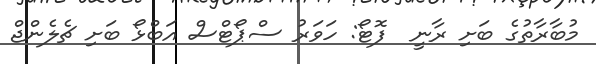
މުބާރާތުގެ ބަށި ރާނީ  ފޮޓޯ: ހަވަރު ސްޕޯޓްސް އަބްޅޯ ބަށި ޗެލެންޖް